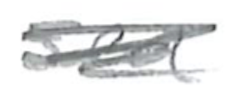
Text: sea
Cross-out: scratch
Writing tool: pencil